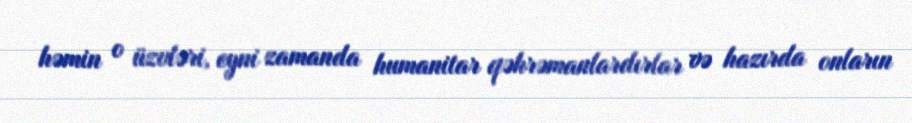
həmin o üzvləri, eyni zamanda humanitar qəhrəmanlardırlar və hazırda onların